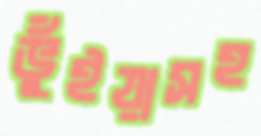
ভুঁইয়াসহ